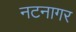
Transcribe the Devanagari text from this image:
नटनागर